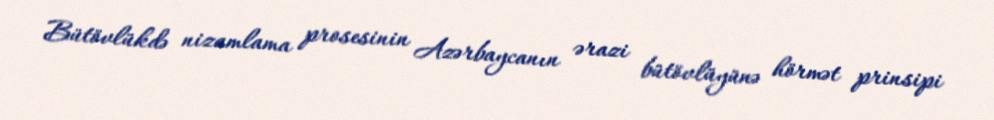
Bütövlükdə nizamlama prosesinin Azərbaycanın ərazi bütövlüyünə hörmət prinsipi